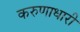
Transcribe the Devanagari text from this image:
करुणाधारी